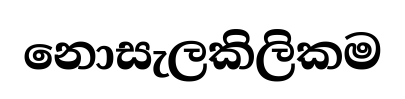
නොසැලකිලිකම